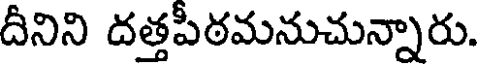
దీనిని దత్తపీఠమనుచున్నారు.